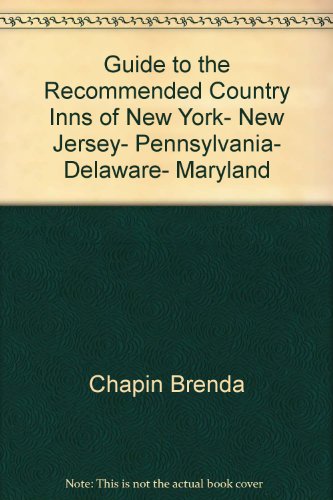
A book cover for Guide to the Recommended Country Inns of New York, New Jersey, Pennsylvania, Delaware, Maryland; Brenda Chapin; Travel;